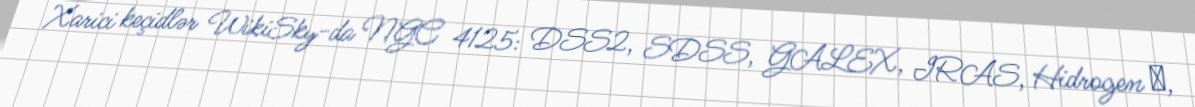
Xarici keçidlər WikiSky-da NGC 4125: DSS2, SDSS, GALEX, IRAS, Hidrogen α,